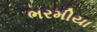
ભરમીયા